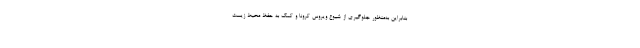
بنابراین به‌منظور جلوگیری از شیوع ویروس کرونا و کمک به حفظ محیط زیست